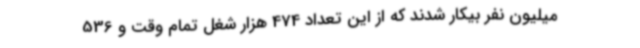
میلیون نفر بیکار شدند که از این تعداد 474 هزار شغل تمام وقت و 536